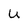
Character: u